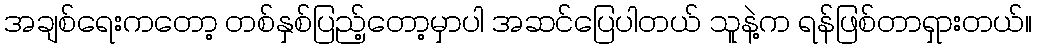
အချစ်ရေးကတော့ တစ်နှစ်ပြည့်တော့မှာပါ အဆင်ပြေပါတယ် သူနဲ့က ရန်ဖြစ်တာရှားတယ်။